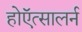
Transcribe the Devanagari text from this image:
होऍत्सालर्न